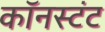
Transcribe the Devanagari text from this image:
कॉनस्टंट